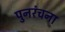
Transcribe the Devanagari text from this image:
पुनरंचना